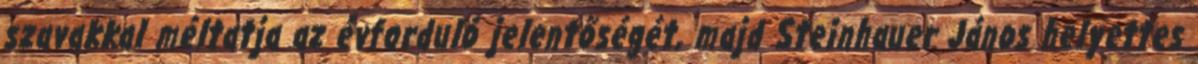
szavakkal méltatja az évforduló jelentőségét, majd Steinhauer János helyettes